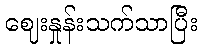
ဈေးနှုန်းသက်သာပြီး